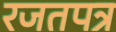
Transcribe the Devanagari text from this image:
रजतपत्र